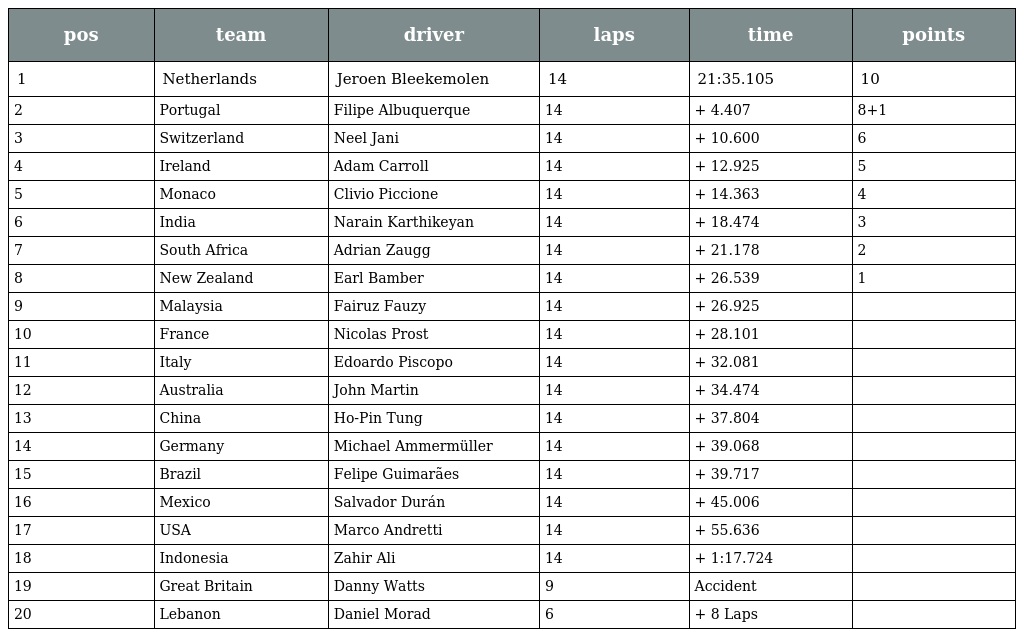
| pos | team | driver | laps | time | points |
 | --- | --- | --- | --- | --- | --- |
 | 1 | Netherlands | Jeroen Bleekemolen | 14 | 21:35.105 | 10 |
 | 2 | Portugal | Filipe Albuquerque | 14 | + 4.407 | 8+1 |
 | 3 | Switzerland | Neel Jani | 14 | + 10.600 | 6 |
 | 4 | Ireland | Adam Carroll | 14 | + 12.925 | 5 |
 | 5 | Monaco | Clivio Piccione | 14 | + 14.363 | 4 |
 | 6 | India | Narain Karthikeyan | 14 | + 18.474 | 3 |
 | 7 | South Africa | Adrian Zaugg | 14 | + 21.178 | 2 |
 | 8 | New Zealand | Earl Bamber | 14 | + 26.539 | 1 |
 | 9 | Malaysia | Fairuz Fauzy | 14 | + 26.925 |  |
 | 10 | France | Nicolas Prost | 14 | + 28.101 |  |
 | 11 | Italy | Edoardo Piscopo | 14 | + 32.081 |  |
 | 12 | Australia | John Martin | 14 | + 34.474 |  |
 | 13 | China | Ho-Pin Tung | 14 | + 37.804 |  |
 | 14 | Germany | Michael Ammermüller | 14 | + 39.068 |  |
 | 15 | Brazil | Felipe Guimarães | 14 | + 39.717 |  |
 | 16 | Mexico | Salvador Durán | 14 | + 45.006 |  |
 | 17 | USA | Marco Andretti | 14 | + 55.636 |  |
 | 18 | Indonesia | Zahir Ali | 14 | + 1:17.724 |  |
 | 19 | Great Britain | Danny Watts | 9 | Accident |  |
 | 20 | Lebanon | Daniel Morad | 6 | + 8 Laps |  |